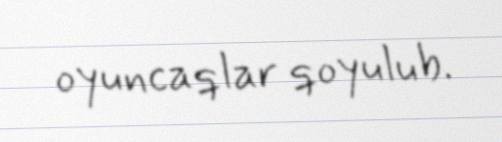
oyuncaqlar qoyulub.